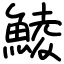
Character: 鯪